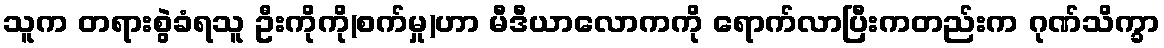
သူက တရားစွဲခံရသူ ဦးကိုကို(စက်မှု)ဟာ မီဒီယာလောကကို ရောက်လာပြီးကတည်းက ဂုဏ်သိက္ခာ